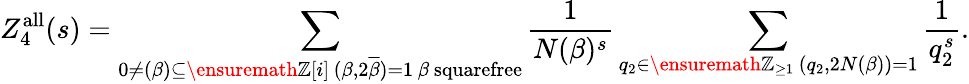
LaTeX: Z_{4}^{\mathrm{all}}(s)=\sum_{\substack{0\neq(\beta)\subseteq\ensuremath{\mathbb Z}[i]\, (\beta,2\overline{{\beta}})=1\, \beta\mathrm{~squarefree}}}\frac{1}{N(\beta)^{s}}\sum_{\substack{q_{2}\in\ensuremath{\mathbb Z}_{\geq 1}\, (q_{2},2N(\beta))=1}}\frac{1}{q_{2}^{s}}.